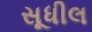
સૂધીલ